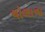
ચોળાના